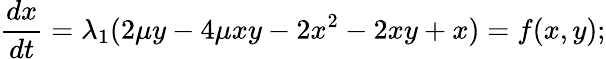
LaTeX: \frac{dx}{dt}=\lambda_{1}(2\mu y-4\mu xy-2x^{2}-2xy+x)=f(x,y);